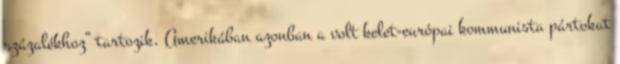
százalékhoz” tartozik. Amerikában azonban a volt kelet-európai kommunista pártokat